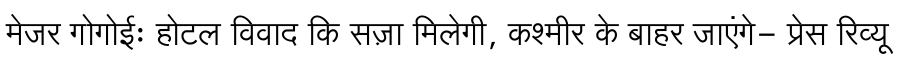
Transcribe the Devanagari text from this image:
मेजर गोगोईः होटल विवाद कि सज़ा मिलेगी, कश्मीर के बाहर जाएंगे- प्रेस रिव्यू